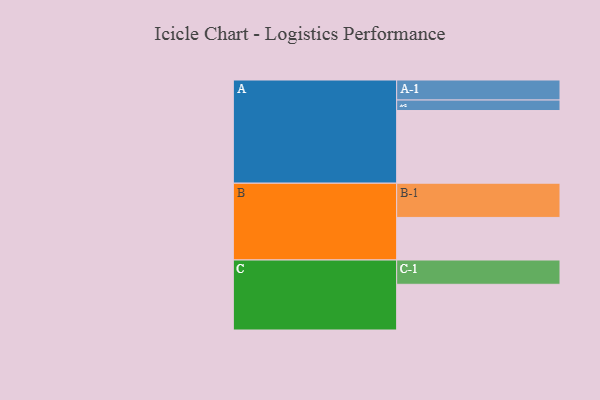
{"axis": {"x": "Segment", "y": "Value"}, "legend": ["", "A", "B", "C"], "data": [{"x": "A", "y": 512, "type": ""}, {"x": "B", "y": 300, "type": ""}, {"x": "C", "y": 322, "type": ""}, {"x": "A-1", "y": 141, "type": "A"}, {"x": "A-2", "y": 74, "type": "A"}, {"x": "B-1", "y": 241, "type": "B"}, {"x": "C-1", "y": 171, "type": "C"}]}